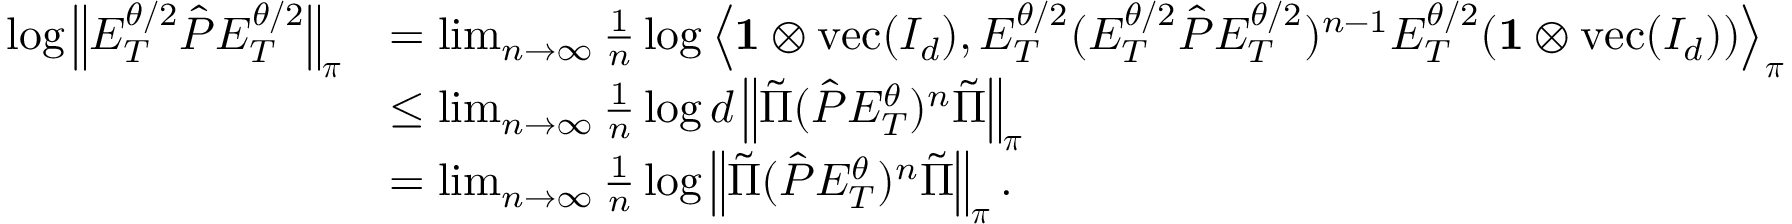
\begin{array} { r l } { \log \left\lVert E _ { T } ^ { \theta / 2 } \hat { P } E _ { T } ^ { \theta / 2 } \right\rVert _ { \boldsymbol \pi } } & { = \operatorname* { l i m } _ { n \to \infty } \frac { 1 } { n } \log \left\langle \mathbf { 1 } \otimes \operatorname { v e c } ( I _ { d } ) , E _ { T } ^ { \theta / 2 } ( E _ { T } ^ { \theta / 2 } \hat { P } E _ { T } ^ { \theta / 2 } ) ^ { n - 1 } E _ { T } ^ { \theta / 2 } ( \mathbf { 1 } \otimes \operatorname { v e c } ( I _ { d } ) ) \right\rangle _ { \boldsymbol \pi } } \\ & { \leq \operatorname* { l i m } _ { n \to \infty } \frac { 1 } { n } \log d \left\lVert \tilde { \Pi } ( \hat { P } E _ { T } ^ { \theta } ) ^ { n } \tilde { \Pi } \right\rVert _ { \boldsymbol \pi } } \\ & { = \operatorname* { l i m } _ { n \to \infty } \frac { 1 } { n } \log \left\lVert \tilde { \Pi } ( \hat { P } E _ { T } ^ { \theta } ) ^ { n } \tilde { \Pi } \right\rVert _ { \boldsymbol \pi } . } \end{array}